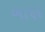
બાણ